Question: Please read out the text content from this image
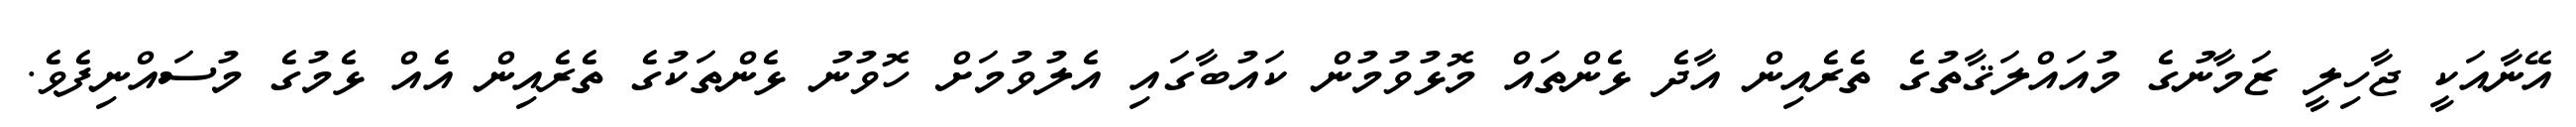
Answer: އޭނާއަކީ ޖާހިލީ ޒަމާނުގެ މުއައްލަޤާތުގެ ތެރެއިން އާދެ ޅެންތައް މޮޅުވުމުން ކައުބާގައި އެލުވުމަށް ހޮވުނު ޅެންތަކުގެ ތެރެއިން އެއް ޅެމުގެ މުސައްނިފެވެ.